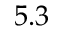
5 . 3